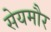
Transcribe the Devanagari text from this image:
सेयमौर